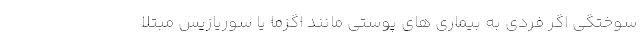
سوختگی اگر فردی به بیماری های پوستی مانند اگزما یا سوریازیس مبتلا